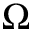
\Omega